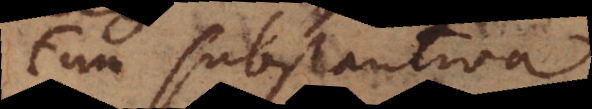
Cum substantiva